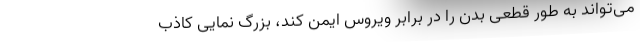
می‌تواند به طور قطعی بدن را در برابر ویروس ایمن کند، بزرگ نمایی کاذب